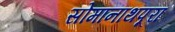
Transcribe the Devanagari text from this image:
सोमानाथपूरा